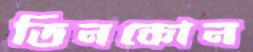
তিনকোন